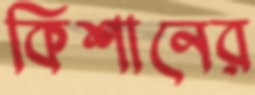
কিশানের